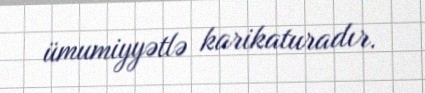
ümumiyyətlə karikaturadır.